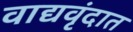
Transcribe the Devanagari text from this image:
वाद्यवृंदात